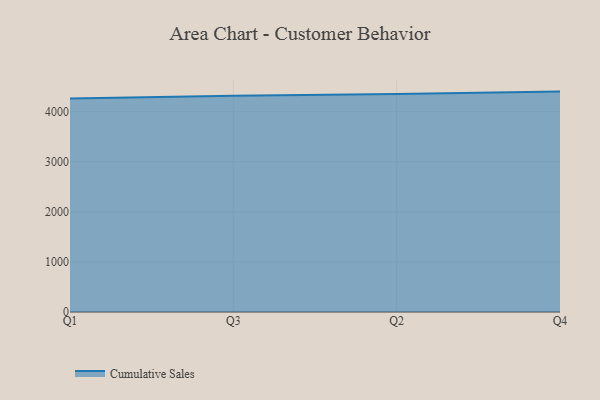
{"axis": {"x": "Quarter", "y": "Demand Index"}, "legend": ["Cumulative Sales"], "data": [{"x": "Q1", "y": 4260.0, "type": "Cumulative Sales"}, {"x": "Q3", "y": 4315.6, "type": "Cumulative Sales"}, {"x": "Q2", "y": 4350.3, "type": "Cumulative Sales"}, {"x": "Q4", "y": 4398.6, "type": "Cumulative Sales"}]}